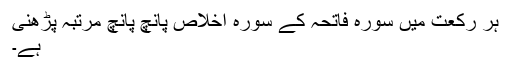
ہر رکعت میں سورہ فاتحہ کے سورہ اخلاص پانچ پانچ مرتبہ پڑھنی
ہے۔